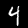
Label: 4